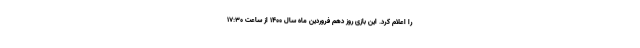
را اعلام کرد. این بازی روز دهم فروردین ماه سال 1400 از ساعت 17:30